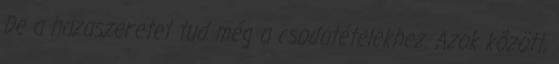
De a hazaszeretet tud még a csodatételekhez. Azok között,